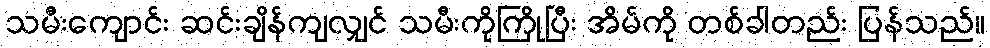
သမီးကျောင်း ဆင်းချိန်ကျလျှင် သမီးကိုကြိုပြီး အိမ်ကို တစ်ခါတည်း ပြန်သည်။